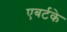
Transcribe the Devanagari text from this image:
एबर्टके